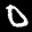
Label: 0